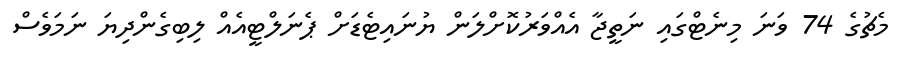
މެޗުގެ 74 ވަނަ މިނެޓްގައި ނަތީޖާ އެއްވަރުކޮށްލަން ޔުނައިޓެޑަށް ޕެނަލްޓީއެއް ލިބިގެންދިޔަ ނަމަވެސް